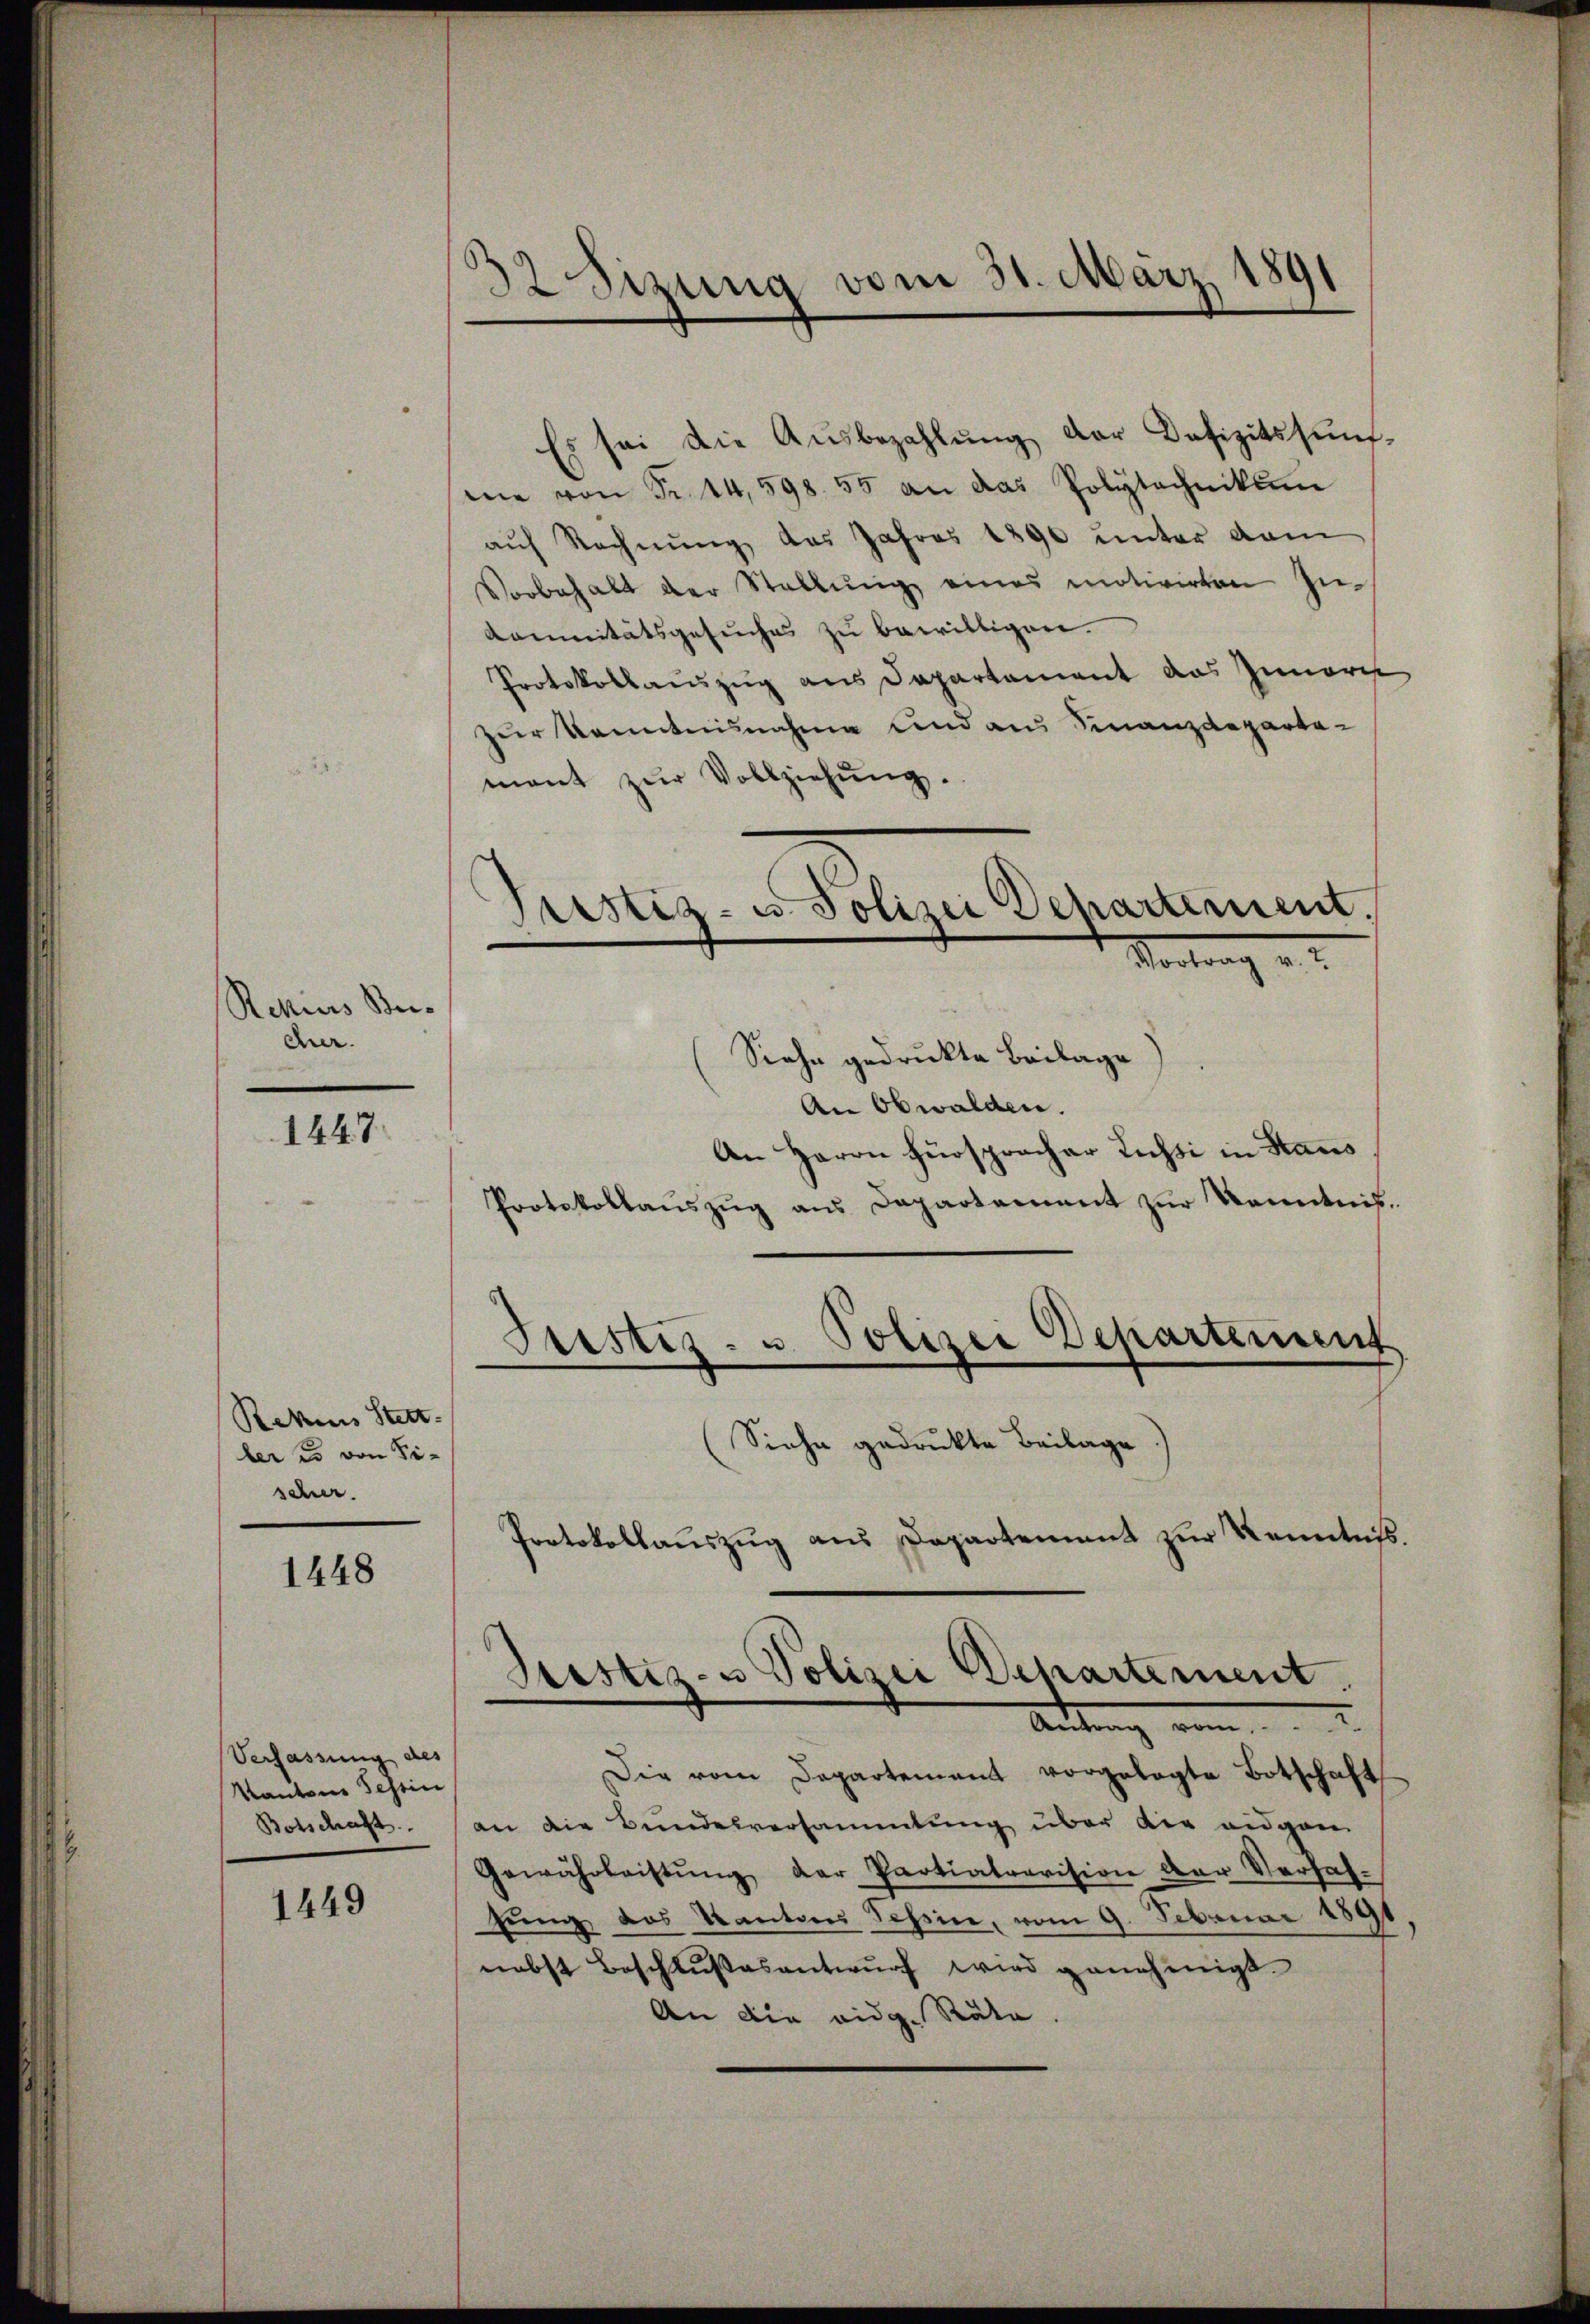
Rekurs Bei-
cher.

1447.

Rekurs Stett
ber es von Fi-
schwer.

1448

Verfassung des
Kantons Sehrin
Botschaft.

1449

32 Sizung vom 31. März 1891

Es sei die Ausbezahlung der Defizitsunfme von Fr. 14,598. 55 an das Polytechnikum
aŭf Rechnŭng das Jahres 1890 unter dam
Vorbehalt der Stellŭng eines motivirten In-
Cannitätsgesŭches zŭ bewilligen.
Protokollauszug aus Departement das Innern
zur Kenntnisnahme und aus Finanzdeparta-
mant zŭr Vollziehŭng.
Justiz- u. Polizei Departement.
Vortrag u.
Siehe gedruckte Beilage
An Obwalden.
An Herrn Fürspracher Lechti in Staus
Protokollaŭszŭg ans Departement zur Kenntniß¬
Justiz- u Polizei Departement

(Siehe gedruckte Beilage
Protokollauszug aus Departement zur Kenntnis.
Die vom Departement vorgelegte Botschaft
an die Bundesversammlung über die eidgen
Gewährleistŭng der Partialrevision der Versal-
fung des Kanton Tessin, vom 9. Februar 1891
nebst Beschlußesentwŭrf wird genehmigt.
An die eidg. Räte

Restiz- u Polizei Departement.
Antrag von